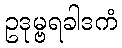
ဥဒုမ္ဗရခါဒကံ